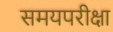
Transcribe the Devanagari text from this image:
समयपरीक्षा